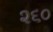
૨૬૦